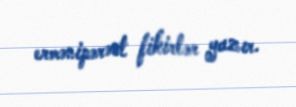
ermənipərəst fikirlər yazır.